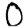
Digit: 0